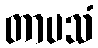
တာပသံ